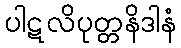
ပါဋလိပုတ္တနိဒါနံ